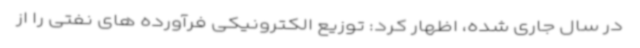
در سال جاری شده، اظهار کرد: توزیع الکترونیکی فرآورده های نفتی را از